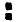
: